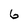
Character: 6